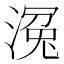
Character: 𣹠